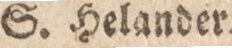
S. Helander.